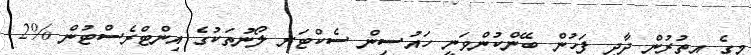
މީގެ އިތުރުން ދާދި ފަހުން ބޭންކުންވަނީ ހައުސިން ސެކްޓަރ ލޯނުތަކުގެ އިންޓްރެސްޓުން %2